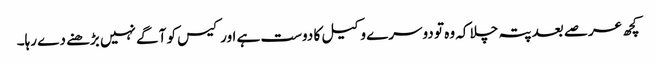
کچھ عرصے بعد پتہ چلا کہ وہ تو دوسرے وکیل کا دوست ہے اور کیس کو آگے نہیں بڑھنے دے رہا۔